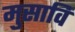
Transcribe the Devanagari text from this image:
मुसावि